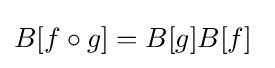
B[f\circ g]=B[g]B[f]~